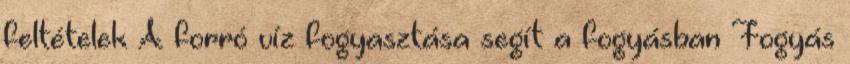
feltételek A forró víz fogyasztása segít a fogyásban Fogyás